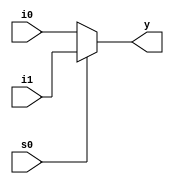
`timescale 1ns / 1ps
//////////////////////////////////////////////////////////////////////////////////
// Company: 
// Engineer: 
// 
// Design Name: 
// Module Name: mux_4x1_2x1
// Project Name: 
// Target Devices: 
// Tool Versions: 
// Description: 
// 
// Dependencies: 
// 
// Revision:
// Revision 0.01 - File Created
// Additional Comments:
// 
//////////////////////////////////////////////////////////////////////////////////


module mux_2x1(i0,i1,s0,y);
input i0,i1,s0;
output y;
assign y = s0? i1: i0;
endmodule

module mux_4x1_2x1(i0,i1,i2,i3,s0,s1,y);
input i0,i1,i2,i3,s0,s1;
output y;
wire y0,y1;

mux_2x1 m1(i0,i1,s1,y0);
mux_2x1 m2(i2,i3,s1,y1);
mux_2x1 m3(y0,y1,s0,y);


endmodule